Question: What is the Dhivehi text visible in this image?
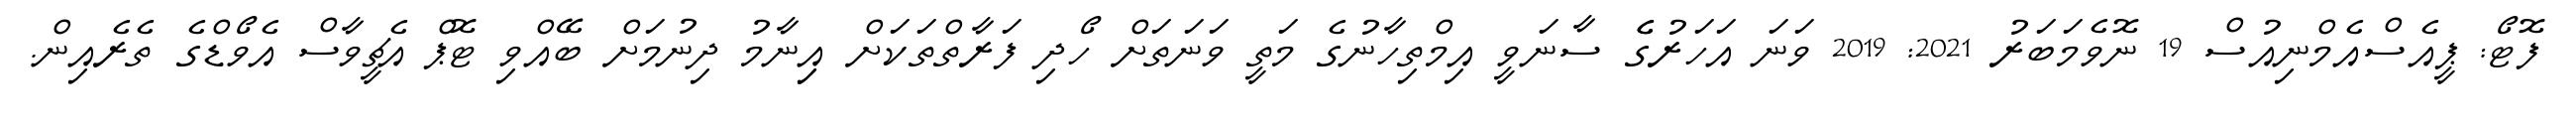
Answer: ފޮޓޯ: ޕީއެސްއެމްނިއުސް 19 ނޮވެމަބަރު 2021: 2019 ވަނަ އަހަރުގެެ ސާނަވީ އިމްތިހާނުގެ މަތީ ވަނަތަށް ހޯދި ފަރާތްތަކަށް އިިނާމު ދިނުމަށް ބޭއްވި ޓޮޕް އެޗީވާސް އެވޯޑްގެ ތެރެއިން.